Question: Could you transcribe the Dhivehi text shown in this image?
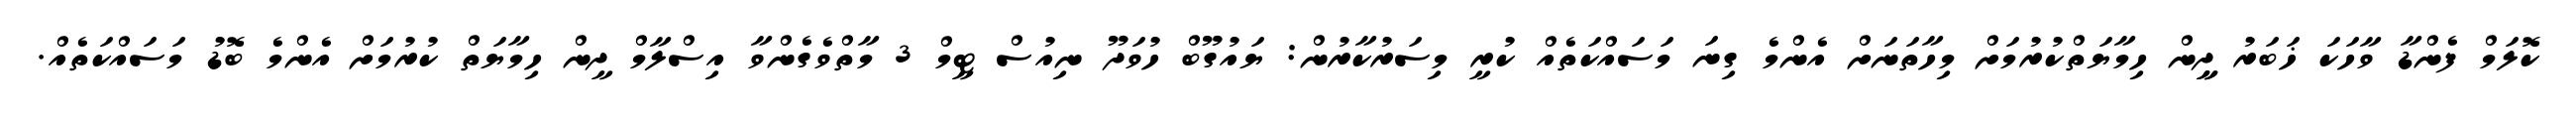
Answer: ކޮލަމް ފެންޑާ ވާހަކަ ޚަބަރު ދީީން ހިމާޔަތްކުރުމަށް މިހާތަނަށް އެންމެ ގިނަ މަސައްކަތެއް ކުރީ މިސަރުކާރުން: ޔައުގޫބް ހުވަދޫ ނިއުސް ޓީމް 3 މާތްވެގެންވާ އިސްލާމް ދީން ހިމާޔަތް ކުރުމަށް އެންމެ ބޮޑު މަސައްކަތެއް.